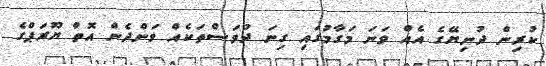
ކުރިން ދުނިޔޭގެ އެއް ވަނަ މަގާމުގައި ގިނަ ދުވަސްތަކެއް ވަންދެން އޮތް ޔޫރަޕްގެ